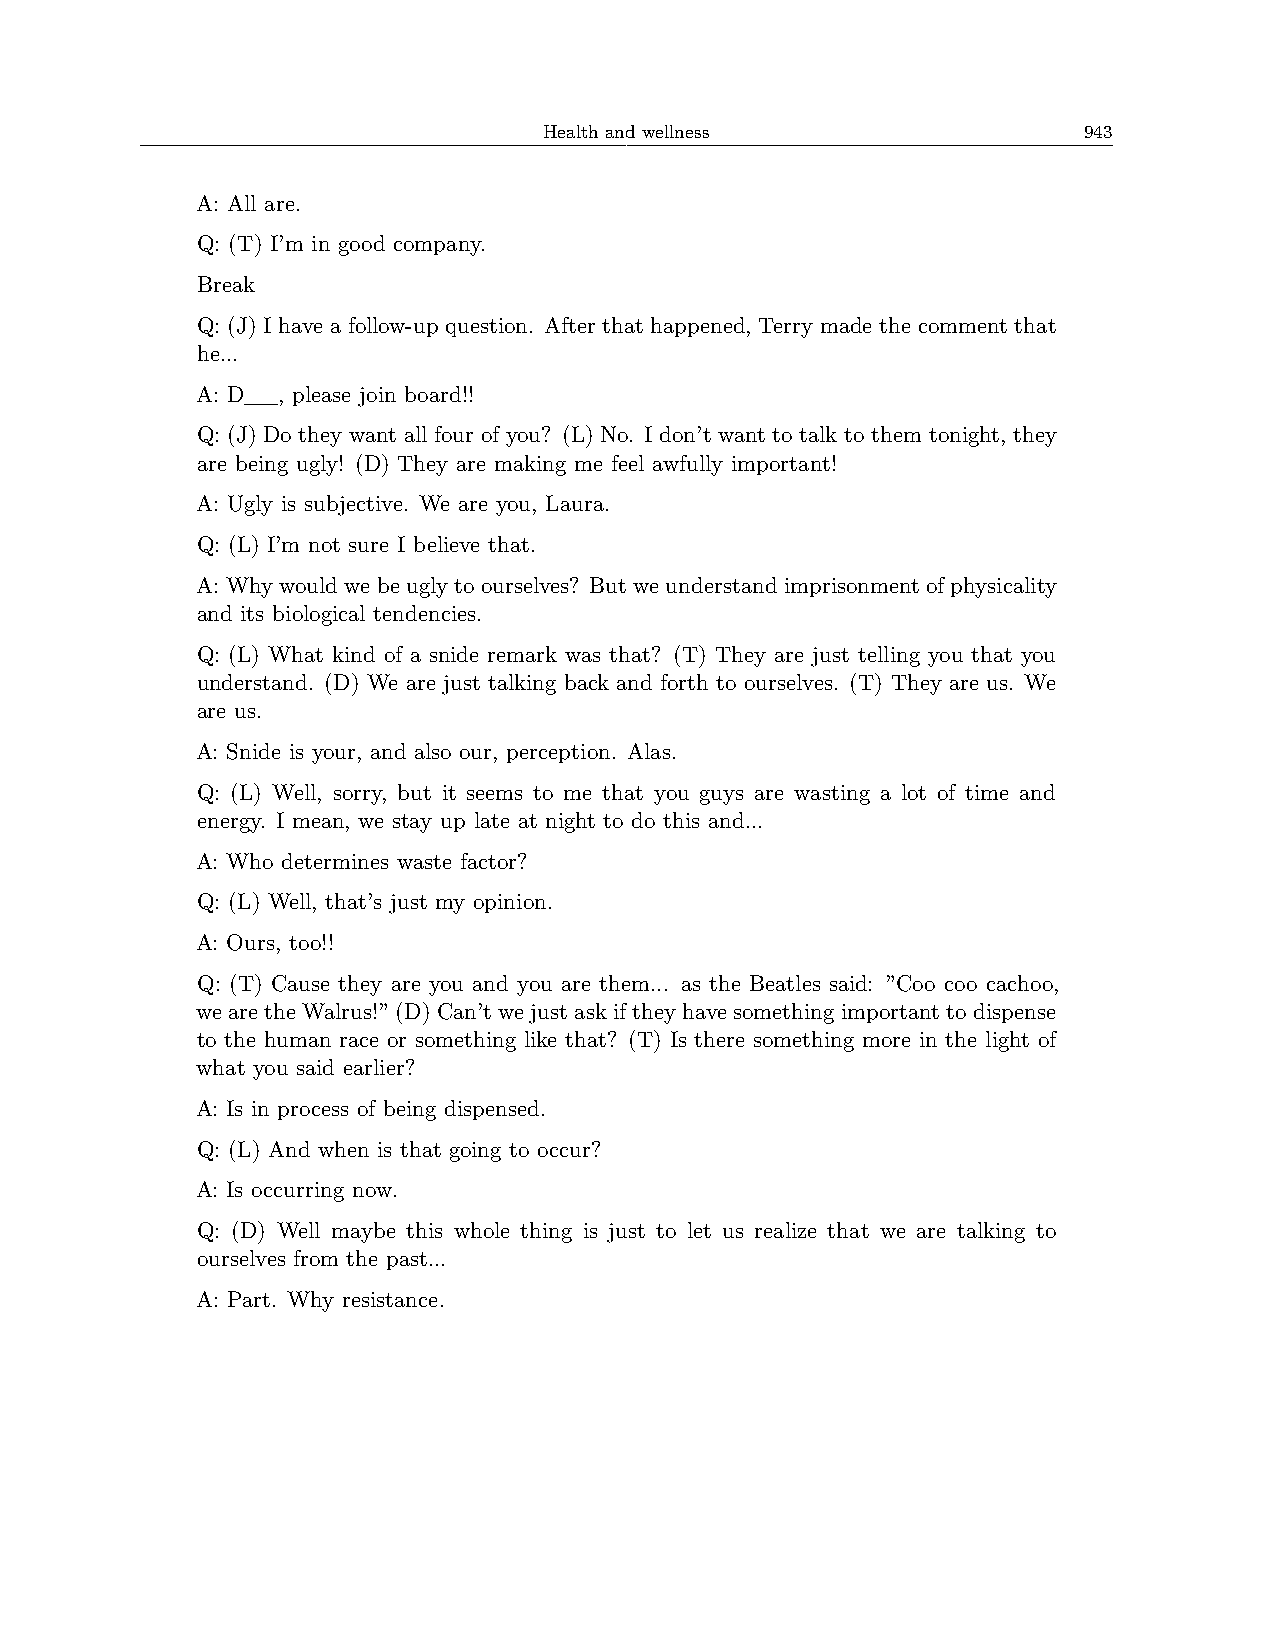
Health and wellness                 943
 A: All are.
 Q: (T) I’m in good company.
 Break
 Q: (J) I have a follow-up question. After that happened, Terry made the comment that
 he...
 A: D__, please join board!!
 Q: (J) Do they want all four of you? (L) No. I don’t want to talk to them tonight, they
 are being ugly! (D) They are making me feel awfully important!
 A: Ugly is subjective. We are you, Laura.
 Q: (L) I’m not sure I believe that.
 A: Why would we be ugly to ourselves? But we understand imprisonment of physicality
 and its biological tendencies.
 Q: (L) What kind of a snide remark was that? (T) They are just telling you that you
 understand. (D) We are just talking back and forth to ourselves. (T) They are us. We
 are us.
 A: Snide is your, and also our, perception. Alas.
 Q: (L) Well, sorry, but it seems to me that you guys are wasting a lot of time and
 energy. I mean, we stay up late at night to do this and...
 A: Who determines waste factor?
 Q: (L) Well, that’s just my opinion.
 A: Ours, too!!
 Q: (T) Cause they are you and you are them... as the Beatles said: ”Coo coo cachoo,
 wearetheWalrus!”(D)Can’twejustaskiftheyhavesomethingimportanttodispense
 to the human race or something like that? (T) Is there something more in the light of
 what you said earlier?
 A: Is in process of being dispensed.
 Q: (L) And when is that going to occur?
 A: Is occurring now.
 Q: (D) Well maybe this whole thing is just to let us realize that we are talking to
 ourselves from the past...
 A: Part. Why resistance.